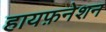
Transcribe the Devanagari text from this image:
हायफ़नेशन